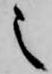
之